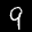
Label: 9